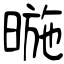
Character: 暆